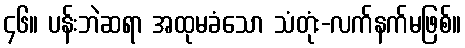
၄၆။ ပန်းဘဲဆရာ အထုမခံသော သံတုံး-လက်နက်မဖြစ်။